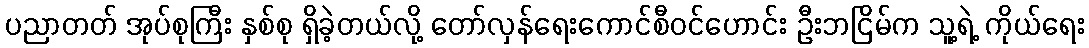
ပညာတတ် အုပ်စုကြီး နှစ်စု ရှိခဲ့တယ်လို့ တော်လှန်ရေးကောင်စီဝင်ဟောင်း ဦးဘငြိမ်က သူ့ရဲ့ ကိုယ်ရေး